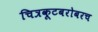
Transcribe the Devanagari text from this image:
चित्रकूटबरोबरच